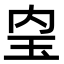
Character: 𤣼